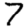
Digit: 7